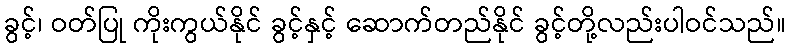
ခွင့်၊ ဝတ်ပြု ကိုးကွယ်နိုင် ခွင့်နှင့် ဆောက်တည်နိုင် ခွင့်တို့လည်းပါဝင်သည်။